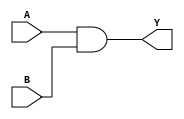
module continuous_assignment (
    input A,
    input B,
    output reg Y
);

always @(*) begin
    Y = A & B;
end

endmodule